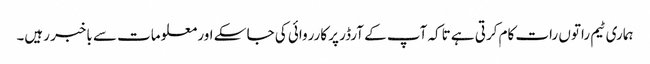
ہماری ٹیم راتوں رات کام کرتی ہے تاکہ آپ کے آرڈر پر کارروائی کی جا سکے اور معلومات سے باخبر رہیں۔